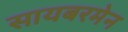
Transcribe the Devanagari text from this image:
सायबरमेन